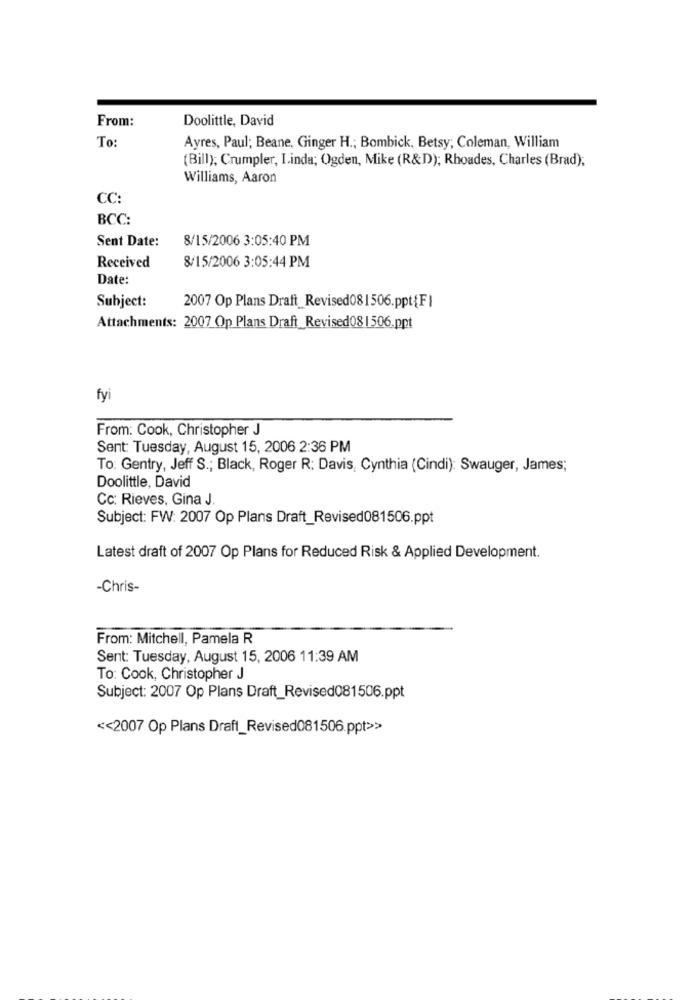
From:
Doolittle, David
To
Ayres, Paul; Beane, Ginger H .; Bombick, Betsy; Coleman, William
(Bill); Crumpler, Linda; Ogden, Mike (R&D); Rhoades, Charles (Brad);
Williams, Aaron
CC:
BCC:
Sent Date:
8/15/2006 3:05:40 PM
8/15/2006 3:05:44 PM
Received
Date:
Subject:
2007 Op Plans Draft_Revised081506.ppt{F}
Attachments: 2007 Op Plans Draft Revised08 | 506.ppt
fyi
From: Cook, Christopher J
Sent: Tuesday, August 15, 2006 2:36 PM
To: Gentry, Jeff S .; Black, Roger R: Davis, Cynthia (Cindi): Swauger, James;
Doolittle, David
Cc: Rieves, Gina J.
Subject: FW: 2007 Op Plans Draft_Revised081506.ppt
Latest draft of 2007 Op Plans for Reduced Risk & Applied Development.
-Chris-
From: Mitchell, Pamela R
Sent: Tuesday, August 15, 2006 11:39 AM
To: Cook, Christopher J
Subject: 2007 Op Plans Draft_Revised081506.ppt
<< 2007 Op Plans Draft_Revised081506.ppt>>